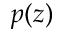
p ( z )